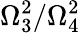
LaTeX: \Omega_{3}^{2}/\Omega_{4}^{2}